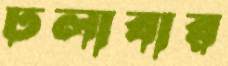
ঢলাবার